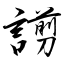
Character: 謭